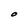
Character: O